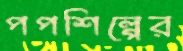
পপশিল্পের